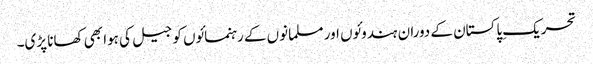
تحریکِ پاکستان کے دوران ہندوئوں اور مسلمانوں کے رہنمائوں کو جیل کی ہوا بھی کھانا پڑی۔